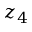
z _ { 4 }